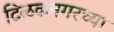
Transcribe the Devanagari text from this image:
टिळकनगरच्या